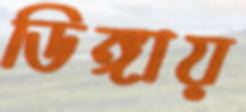
ডিঙ্গায়